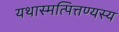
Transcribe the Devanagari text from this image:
यथास्मत्पित्तण्यस्य